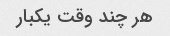
هر چند وقت یکبار